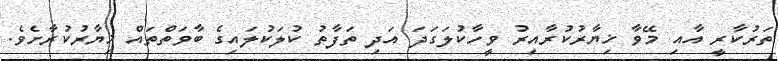
ތަރުކާރީ އާއި މޭވާ ޚިޔާރުކުރާއިރު ވީހާކުލަގަދަ އަދި ތަފާތު ކުލަކުލައިގެ ބާވަތްތައް ޚިޔާރުކުރާށެވެ.